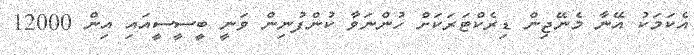
އެކަމަކު އޭނާ މެނޭޖިން ޑިރެކްޓަރަކަށް ހުންނަވާ ކުންފުނިން ވަނީ ބީސީސީއައި އިން 12000